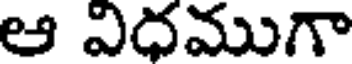
ఆ విధముగా